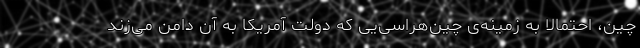
چین، احتمالاً به زمینه‌ی چین‌هراسی‌یی که دولت آمریکا به آن دامن می‌زند